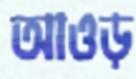
আওড়